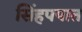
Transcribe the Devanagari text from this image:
सिंहपपात